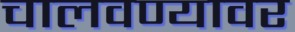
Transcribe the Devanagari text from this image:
चालवण्यावर